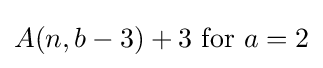
A(n,b-3)+3\ {\text{for }}a=2